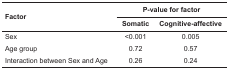
<table><thead><tr><td rowspan="2"><b>Factor</b></td><td colspan="2"><b>P-value for factor</b></td></tr><tr><td><b>Somatic</b></td><td><b>Cognitive-affective</b></td></tr></thead><tbody><tr><td> Sex</td><td> &lt;0.001</td><td> 0.005</td></tr><tr><td> Age group</td><td> 0.72</td><td> 0.57</td></tr><tr><td> Interaction between Sex and Age</td><td> 0.26</td><td> 0.24</td></tr></tbody></table>